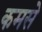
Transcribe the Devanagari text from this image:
कमसे